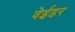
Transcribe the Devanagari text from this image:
वेईडर